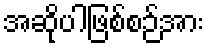
အဆိုပါဖြစ်စဉ်အား